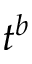
t ^ { b }